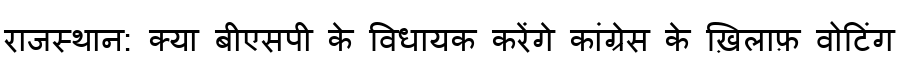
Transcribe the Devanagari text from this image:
राजस्थान: क्या बीएसपी के विधायक करेंगे कांग्रेस के ख़िलाफ़ वोटिंग